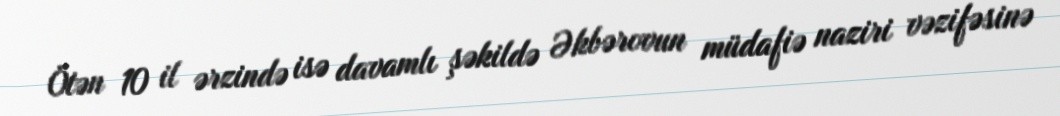
Ötən 10 il ərzində isə davamlı şəkildə Əkbərovun müdafiə naziri vəzifəsinə